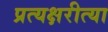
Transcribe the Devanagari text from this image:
प्रत्यक्षरीत्या